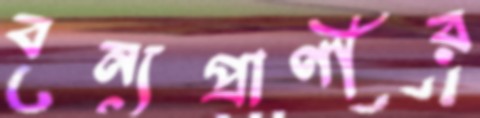
বন্যপ্রাণীর